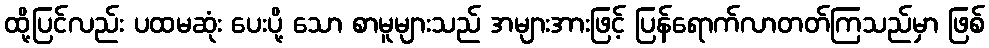
ထို့ပြင်လည်း ပထမဆုံး ပေးပို့ သော စာမူများသည် အများအားဖြင့် ပြန်ရောက်လာတတ်ကြသည်မှာ ဖြစ်